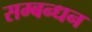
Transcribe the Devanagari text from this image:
सम्बन्धन